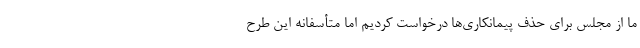
ما از مجلس برای حذف پیمانکاری‌ها درخواست کردیم اما متأسفانه این طرح